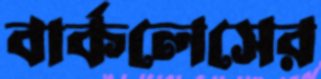
বার্কলেসের